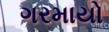
ગરમાયો